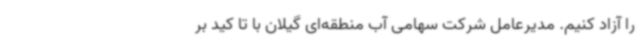
را آزاد کنیم. مدیرعامل شرکت سهامی آب منطقه‌ای گیلان با تا کید بر